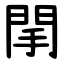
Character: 䦐